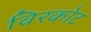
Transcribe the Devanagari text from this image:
विरकोट